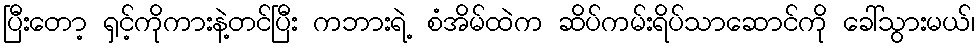
ပြီးတော့ ရှင့်ကိုကားနဲ့တင်ပြီး ကဘားရဲ့ စံအိမ်ထဲက ဆိပ်ကမ်းရိပ်သာဆောင်ကို ခေါ်သွားမယ်၊